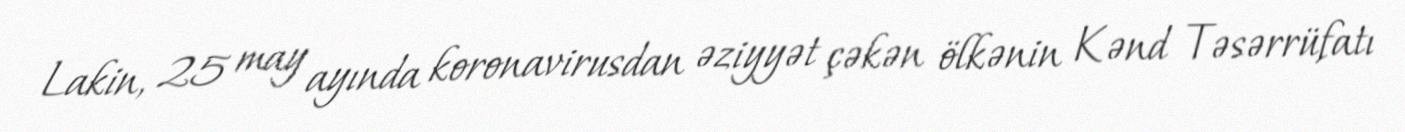
Lakin, 25 may ayında koronavirusdan əziyyət çəkən ölkənin Kənd Təsərrüfatı